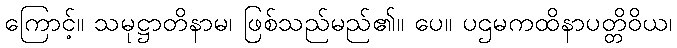
ကြောင့်။ သမုဋ္ဌာတိနာမ၊ ဖြစ်သည်မည်၏။ ပေ။ ပဌမကထိနာပတ္တိဝိယ၊